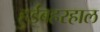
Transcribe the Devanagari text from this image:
हुईंबहरहाल